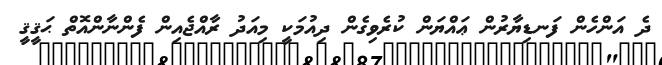
ދެ އަންހެން ފަނޑިޔާރުން ޢައްޔަން ކުރެވިގެން ދިއުމަކީ މިއަދު ރާއްޖެއިން ފެންނާންއޮތް ޙަޤީޤީ